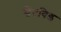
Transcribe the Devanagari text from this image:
सेंटविड